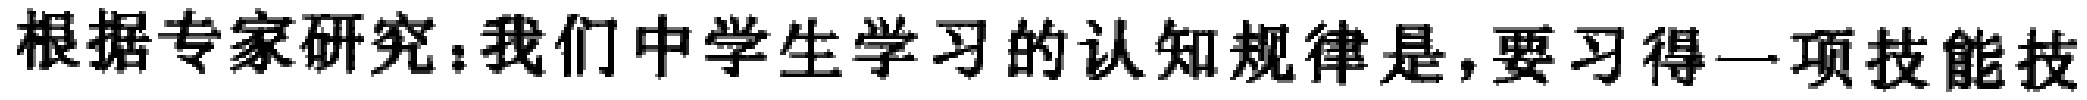
根据专家研究：我们中学生学习的认知规律是，要习得一项技能技